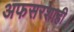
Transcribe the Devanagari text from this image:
अफसरशाही।